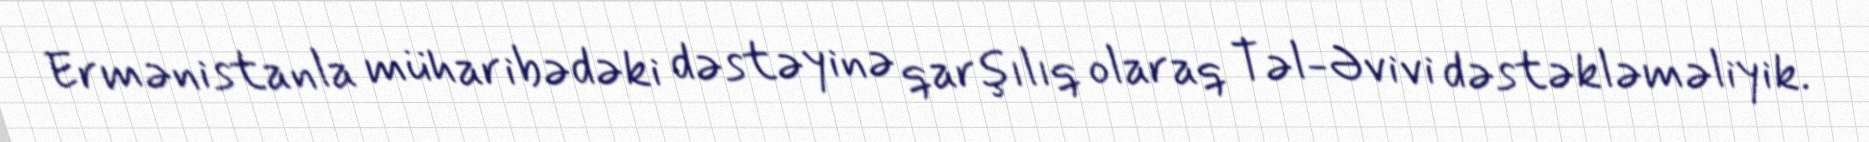
Ermənistanla müharibədəki dəstəyinə qarşılıq olaraq Təl-Əvivi dəstəkləməliyik.